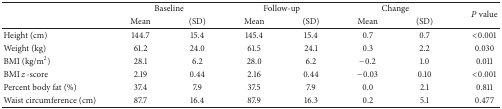
<table><thead><tr><td><b> </b></td><td colspan="2"><b>Baseline</b></td><td colspan="2"><b>Follow-up</b></td><td colspan="2"><b>Change</b></td><td rowspan="2"><b><i>P</i> value</b></td></tr><tr><td><b> </b></td><td><b>Mean</b></td><td><b>(SD)</b></td><td><b>Mean</b></td><td><b>(SD)</b></td><td><b>Mean</b></td><td><b>(SD)</b></td></tr></thead><tbody><tr><td>Height (cm)</td><td>144.7</td><td>15.4</td><td>145.4</td><td>15.4</td><td>0.7</td><td>0.7</td><td>&lt;0.001</td></tr><tr><td>Weight (kg)</td><td>61.2</td><td>24.0</td><td>61.5</td><td>24.1</td><td>0.3</td><td>2.2</td><td>0.030</td></tr><tr><td>BMI (kg/m<sup>2</sup>)</td><td>28.1</td><td>6.2</td><td>28.0</td><td>6.2</td><td>−0.2</td><td>1.0</td><td>0.011</td></tr><tr><td>BMI <i>z</i>-score </td><td>2.19</td><td>0.44</td><td>2.16</td><td>0.44</td><td>−0.03</td><td>0.10</td><td>&lt;0.001</td></tr><tr><td>Percent body fat (%)</td><td>37.4</td><td>7.9</td><td>37.5</td><td>7.9</td><td>0.0</td><td>2.1</td><td>0.811</td></tr><tr><td>Waist circumference (cm)</td><td>87.7</td><td>16.4</td><td>87.9</td><td>16.3</td><td>0.2</td><td>5.1</td><td>0.477</td></tr></tbody></table>